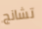
تشانج